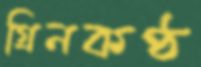
গ্রিনকণ্ঠ